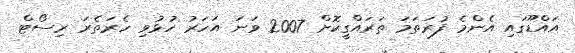
އައްޑޫގައި އެންމެ ފުރަތަމަ ތަރައްގީކޮށް 2007 ވަނަ އަހަރު ހުޅުވި ހެރަތެރަ ރިސޯޓް